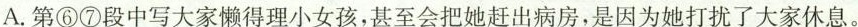
A.第⑥⑦段中写大家懒得理小女孩，甚至会把她赶出病房，是因为她打扰了大家休息。